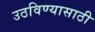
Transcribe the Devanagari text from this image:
उठविण्यासाठी